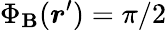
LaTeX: \Phi_{\mathbf{B}}(\boldsymbol{r}^{\prime})=\pi/2